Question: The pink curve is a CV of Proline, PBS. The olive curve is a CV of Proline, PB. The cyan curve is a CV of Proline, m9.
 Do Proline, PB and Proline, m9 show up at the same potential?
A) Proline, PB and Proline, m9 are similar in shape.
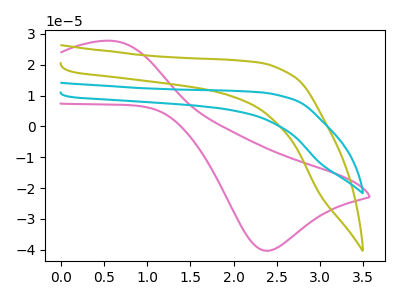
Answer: <think>The pink curve "Proline, PBS" has an anodic peak at (0.60V, 27.80uA) and a cathodic peak at (2.35V, -40.30uA). The olive curve "Proline, PB" has no peaks. The cyan curve "Proline, m9" has no peaks.
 Neither "Proline, PB" or "Proline, m9" have any peaks.</think>
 <answer>A) "Proline, PB" and "Proline, m9" are similar in shape.</answer>
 <eval>A</eval>